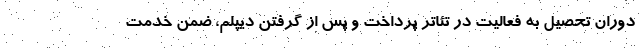
دوران تحصیل به فعالیت در تئاتر پرداخت و پس از گرفتن دیپلم، ضمن خدمت